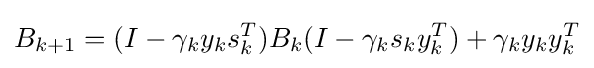
B_{k+1}=(I-\gamma _{k}y_{k}s_{k}^{T})B_{k}(I-\gamma _{k}s_{k}y_{k}^{T})+\gamma _{k}y_{k}y_{k}^{T}